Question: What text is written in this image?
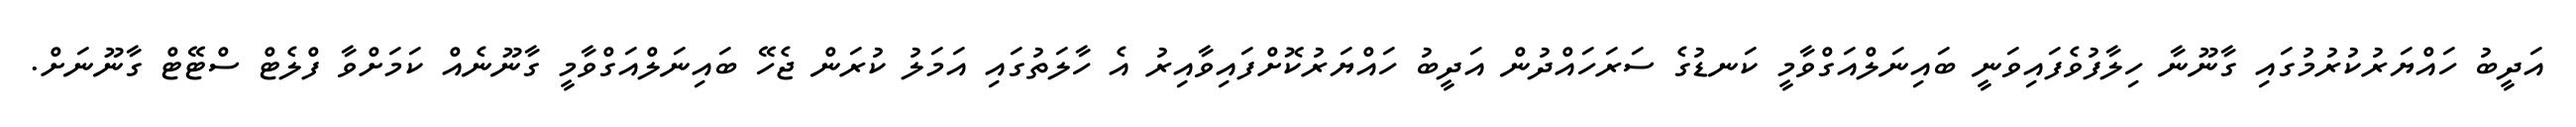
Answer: އަދީބު ހައްޔަރުކުރުމުގައި ގާނޫނާ ހިލާފުވެފައިވަނީ ބައިނަލްއަގްވާމީ ކަނޑުގެ ސަރަހައްދުން އަދީބު ހައްޔަރުކޮށްފައިވާއިރު އެ ހާލަތުގައި އަމަލު ކުރަން ޖެހޭ ބައިނަލްއަގްވާމީ ގާނޫނެއް ކަމަށްވާ ފްލެޓް ސްޓޭޓް ގާނޫނަށް.